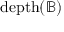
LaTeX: \mathrm { { d e p t h } } ( { \mathbb { B } } )